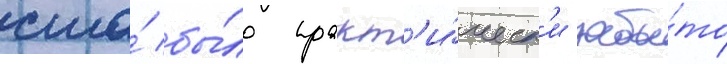
сша́ бы́ло практ'и́ческ'и забы́то